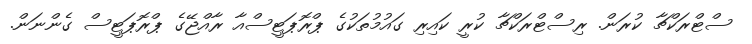
ސްޓްރަކްޗާ ކުރަން. ރިސްޓްރަކްޗާ ކުރީ ކައިރި ގައުމުތަކުގެ ޕްރޮޕަޓީސްއާ ރާއްޖޭގެ ޕްރޮޕަޓީސް ގެންނަން.